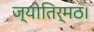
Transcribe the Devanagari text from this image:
ज्योतिर्मठ।